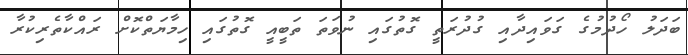
ބަދަލު ހޯދުމުގެ ގަވައިދާއި ގުދުރަތީ ގޮތުގައި ނުވަތަ ތަބީއީ ގޮތުގައި ހިމާޔަތްކޮށް ރައްކާތެރިކުރާ